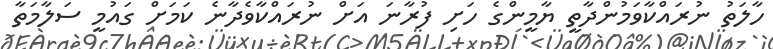
ހާލަތު ނުރައްކާވަމުންދާތީ ޔާމީންގެ ހަށި ފުރާނަ އަށް ނުރައްކާވެދާނެ ކަމަށް ގައުމީ ސަލާމަތާ